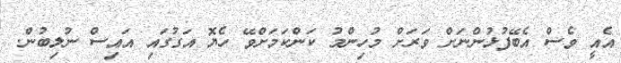
އެއީ ވެސް އެބޭފުޅުންނަށް ވަރަށް މުހިންމު ކަންކަމަށްވޭ ހެޔޮ އަގުގައި އައިސް ނުލިބުން.